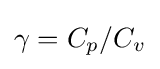
\gamma =C_{p}/C_{v}